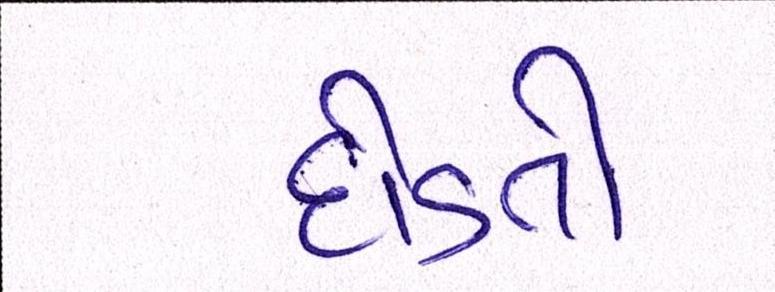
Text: દોડતો